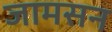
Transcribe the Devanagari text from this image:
जामसन